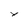
Character: x